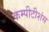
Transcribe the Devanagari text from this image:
कम्पीटीशंस